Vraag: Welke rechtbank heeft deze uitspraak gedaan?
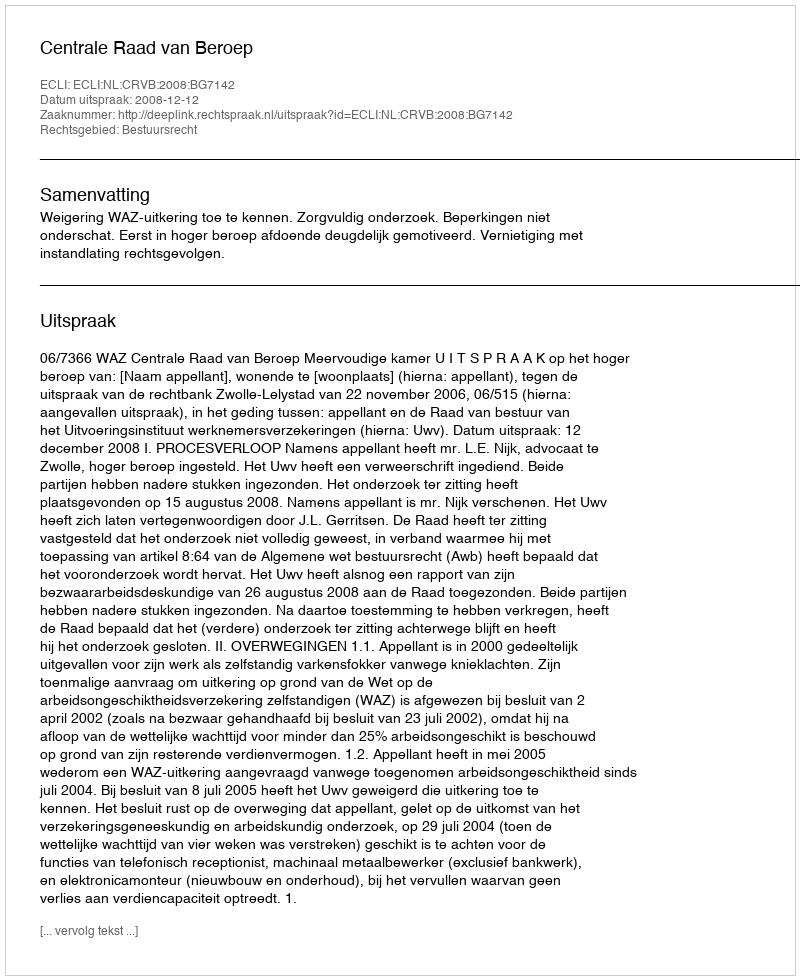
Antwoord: Centrale Raad van Beroep